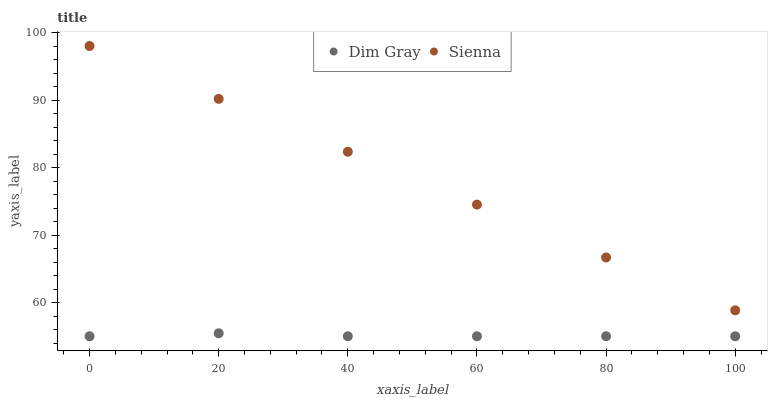
| xaxis_label | Dim Gray | Sienna |
 | --- | --- | --- |
 | 0 | 55 | 98 |
 | 20 | 55.4 | 90.2 |
 | 40 | 55 | 82.3 |
 | 60 | 55 | 74.5 |
 | 80 | 55 | 66.7 |
 | 100 | 55 | 58.8 |